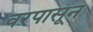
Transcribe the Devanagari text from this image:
वरपासून